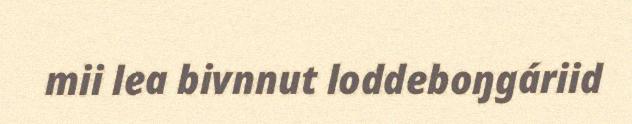
mii lea bivnnut loddeboŋgáriid